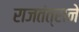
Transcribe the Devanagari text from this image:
राजतंत्राने